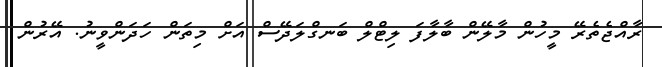
ރާއްޖެތެރޭ މީހުން މާލޭން ބާލާފަ ލިޓްލް ބަނގްލަދޭސް އަށް މިތަން ހަދަންވީނު. އޭރުން